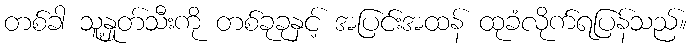
တစ်ခါ သူ့နှုတ်သီးကို တစ်ခုခုနှင့် အပြင်းအထန် ထုခံလိုက်ရပြန်သည်။